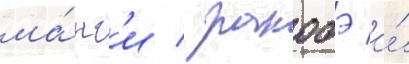
ма́нг'и / ранобэ и́